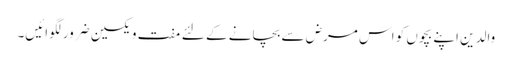
والدین اپنے بچوں کو اس مرض سے بچانے کے لئے مفت ویکسین ضرور لگوائیں۔